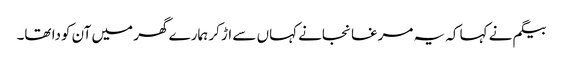
بیگم نے کہا کہ یہ مرغا نجانے کہاں سے اڑ کر ہمارے گھر میں آن کودا تھا۔